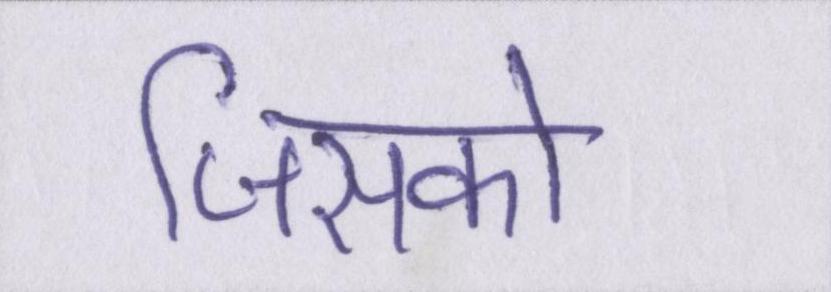
जिसको